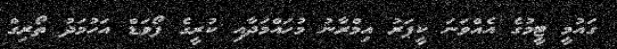
ގައުމީ ޓީމުގެ އެއްވަނަ ކީޕަރު އިމްރާނު މުހައްމަދާއި ކުރީގެ ފޯވަޑް އަހުމަދު ތޯރިގް